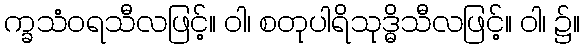
က္ခသံဝရသီလဖြင့်။ ဝါ၊ စတုပါရိသုဒ္ဓိသီလဖြင့်။ ဝါ၊ ၌။